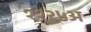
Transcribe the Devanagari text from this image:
११२५अ